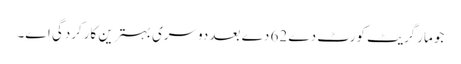
جو مارگریٹ کورٹ دے 62 دے بعد دوسری بہترین کارکردگی ا‏‏ے۔